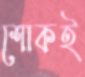
শোকই